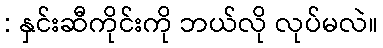
: နှင်းဆီကိုင်းကို ဘယ်လို လုပ်မလဲ။